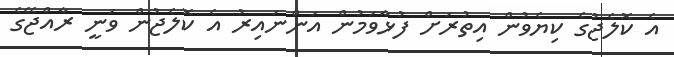
އެ ކޮލެޖުގެ ކިޔެވުން އިތުރަށް ފުޅާވަމުން އަންނައިރު އެ ކޮލެޖުން ވަނީ ރާއްޖޭގެ